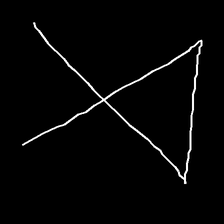
Glyph: collection